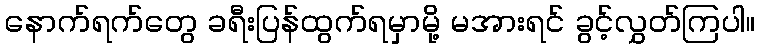
နောက်ရက်တွေ ခရီးပြန်ထွက်ရမှာမို့ မအားရင် ခွင့်လွှတ်ကြပါ။